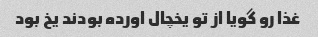
غذا رو گویا از تو یخچال اورده بودند یخ بود